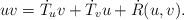
LaTeX: \begin{align*}uv = \dot{T}_{u} v + \dot{T}_{v} u + \dot{R}(u,v).\end{align*}